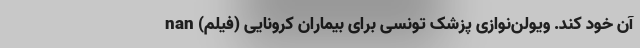
آن خود کند. ویولن‌نوازی پزشک تونسی برای بیماران کرونایی (فیلم) nan